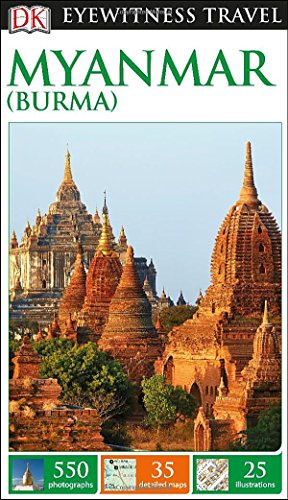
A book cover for DK Eyewitness Travel Guide: Myanmar (Burma); DK Publishing; Travel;